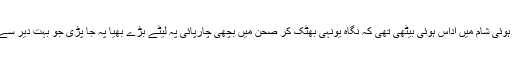
لیکن اسی شام جب وہ اماں کو رخصت کر کے ڈھلتی ہوئی شام میں اداس ہوئی بیٹھی تھی کہ نگاہ یونہی بھٹک کر صحن میں بچھی چارپائی پہ لیٹے بڑے بھیا پہ جا پڑی جو بہت دیر سے یونہی چت لیٹے خالی آسمان کو تکے جا رہے تھے۔